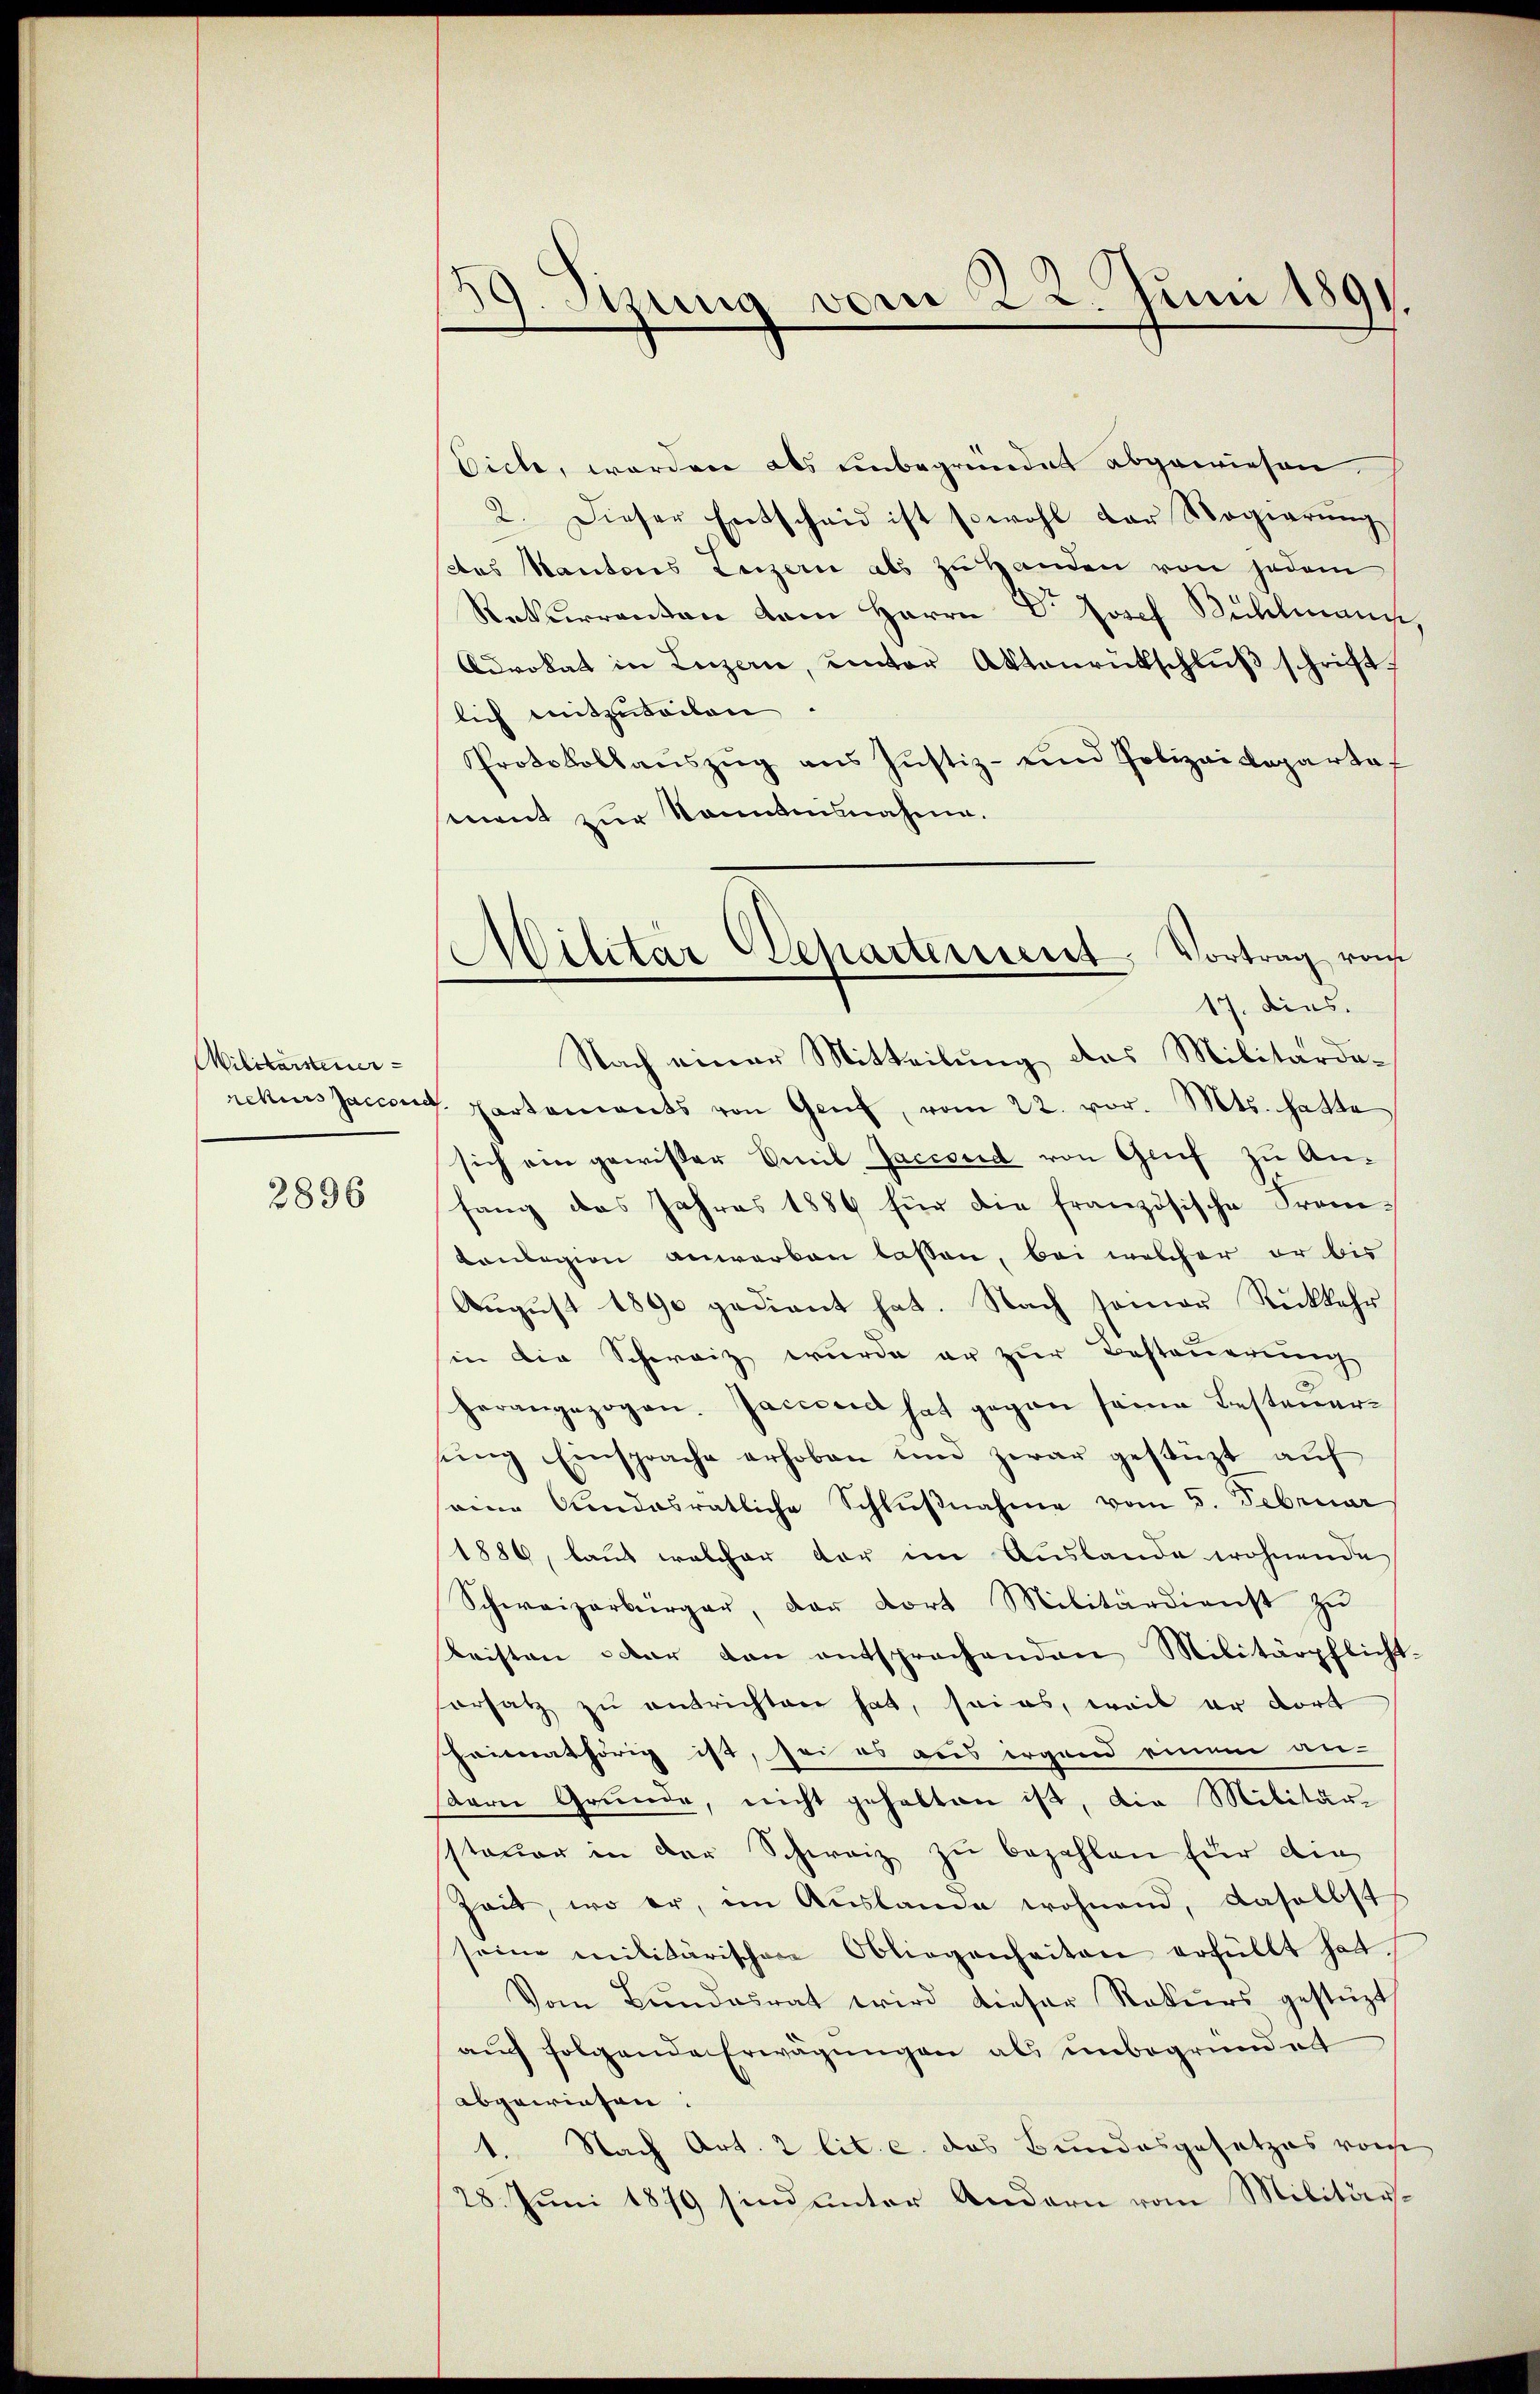
Militarsteuer

2896

9. Szung vom 22. Juni 1891.

Militar Departement, Vortrag von
17. Dies.

Eiche, worden als unbegründet abgewiesen.
2. Dieser Entscheid ist sowohl der Regierŭng
des Kantons Luzern als zu Handen von jedem
Rekurrenten dem Herrn Dr. Josef Bühlmann,
Cdvokat in Luzern, unter Aktenrütschlŭβ schriftlich mitzuteilen
Protokollaŭszŭg ans Jŭstiz- und Polizeidepartof
sement zur Sonntennahme.
Nach einer Mitteilung das Militärdarekurssaccent partements von Genf, vom 22. vor. Mts. hatte
sich ein gewisser Emil Jaccoud von Grif zu Anfang des Jahres 1884 für die französische Fran¬
Kolegion anwerken lassen, bei welcher er bis
August 1890 gedient hat. Nach seiner Rückkehr
hin die Schweiz wurde er zur Besteuerung
herangezogen. Jaccced hat gegen seine Besteŭer-
sŭng Einsprache erhoben und zwar gestüzt auf
eine Gundesratliche Schlŭβnahme vom 5. Februar
1886, laut welcher vor im Auslande wohnende
Schweizerbürger, der dort Militärdienst zu
Leisten oder den entsprochenden Militärpflicht-
ersatz zu entrichten hat, sei es, weil er dort
heimathörig ist, sei es aus irgend einem an-
sern Grunde, nicht gehalten ist, die Militär-
ssteuer in der Schweiz zu bezahlen für die
Zeit, wo er, im Auslande wohnend, daselbst
seine militärischen Obliegenheiten erfüllt hat
Vom Bŭndesrat wird dieser Rekŭrs gestüzt,
auch folgende Erwägungen als unbegründet
abgewiesen:
1. Nach Art. 2 lit. c. das Bundesgesetzes vom
28. Juni 1879 sind unter Andern vom Militär¬